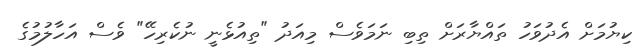
ކިޔުމަަށް އެދުވަހު ތައްޔާރަށް ތިބި ނަމަަވެސް މިއަދު "ތިއުޅެނީ ނުކެރިހޭ" ވެސް އަހާލުމުގެ